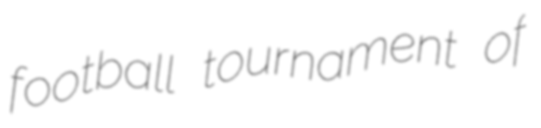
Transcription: football tournament of